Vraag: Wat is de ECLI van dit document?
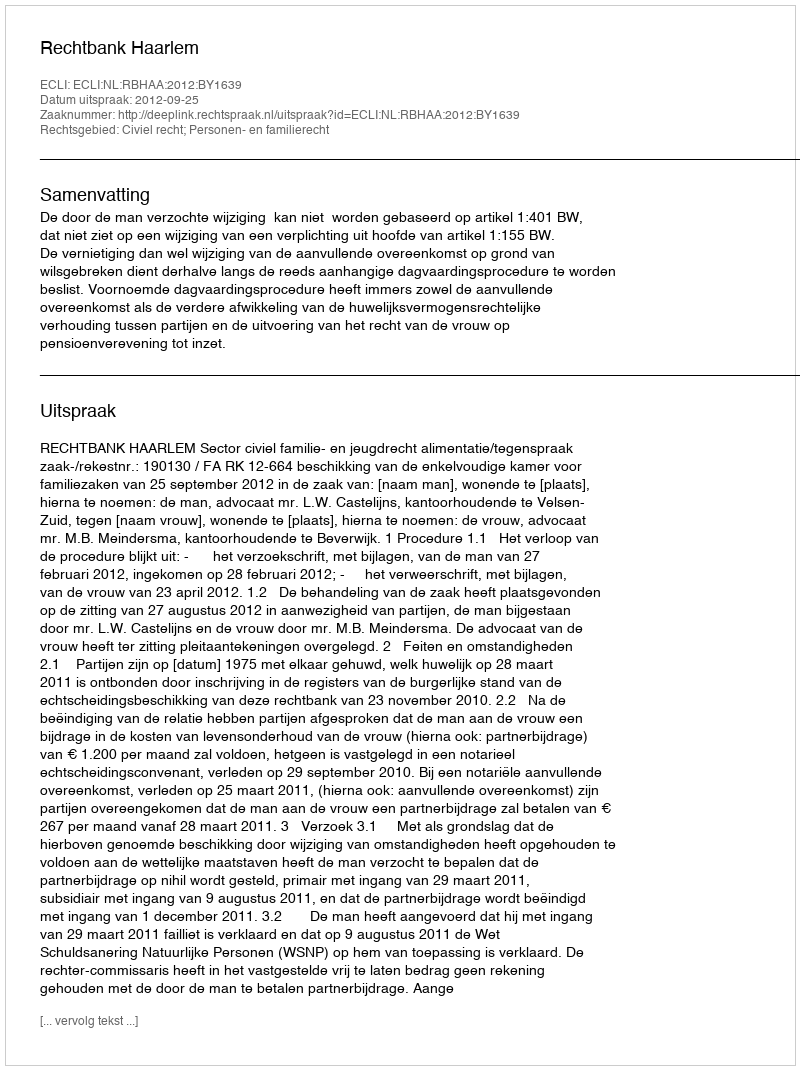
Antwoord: ECLI:NL:RBHAA:2012:BY1639